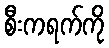
စီးကရက်ကို